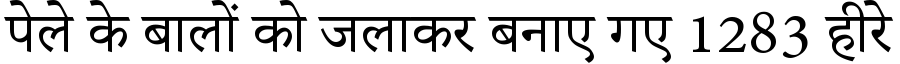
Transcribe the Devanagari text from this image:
पेले के बालों को जलाकर बनाए गए 1283 हीरे